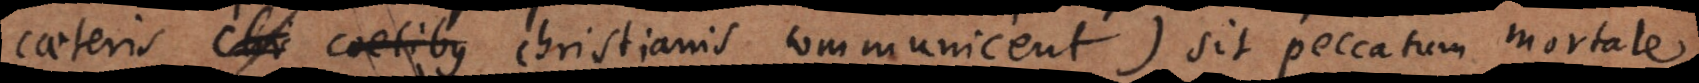
caeteris coetibus Christianis communicent) sit peccatum mortale.